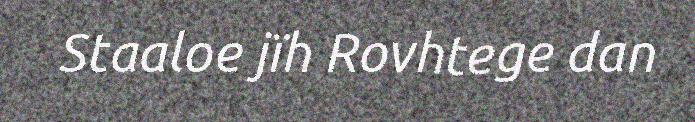
Staaloe jïh Rovhtege dan